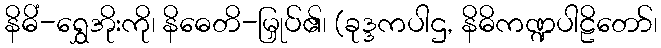
နိဓိံ-ရွှေအိုးကို၊ နိဓေတိ-မြှုပ်၏၊ (ခုဒ္ဒကပါဌ, နိဓိကဏ္ဍပါဠိတော်၊